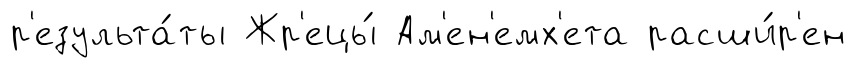
р'езульта́ты Жр'ецы́ Ам'ен'емх'ета расши́р'ен